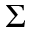
\Sigma